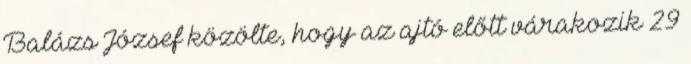
Balázs József közölte, hogy az ajtó előtt várakozik 29